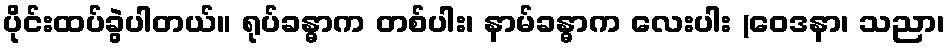
ပိုင်းထပ်ခွဲပါတယ်။ ရုပ်ခန္ဓာက တစ်ပါး၊ နာမ်ခန္ဓာက လေးပါး (ဝေဒနာ၊ သညာ၊